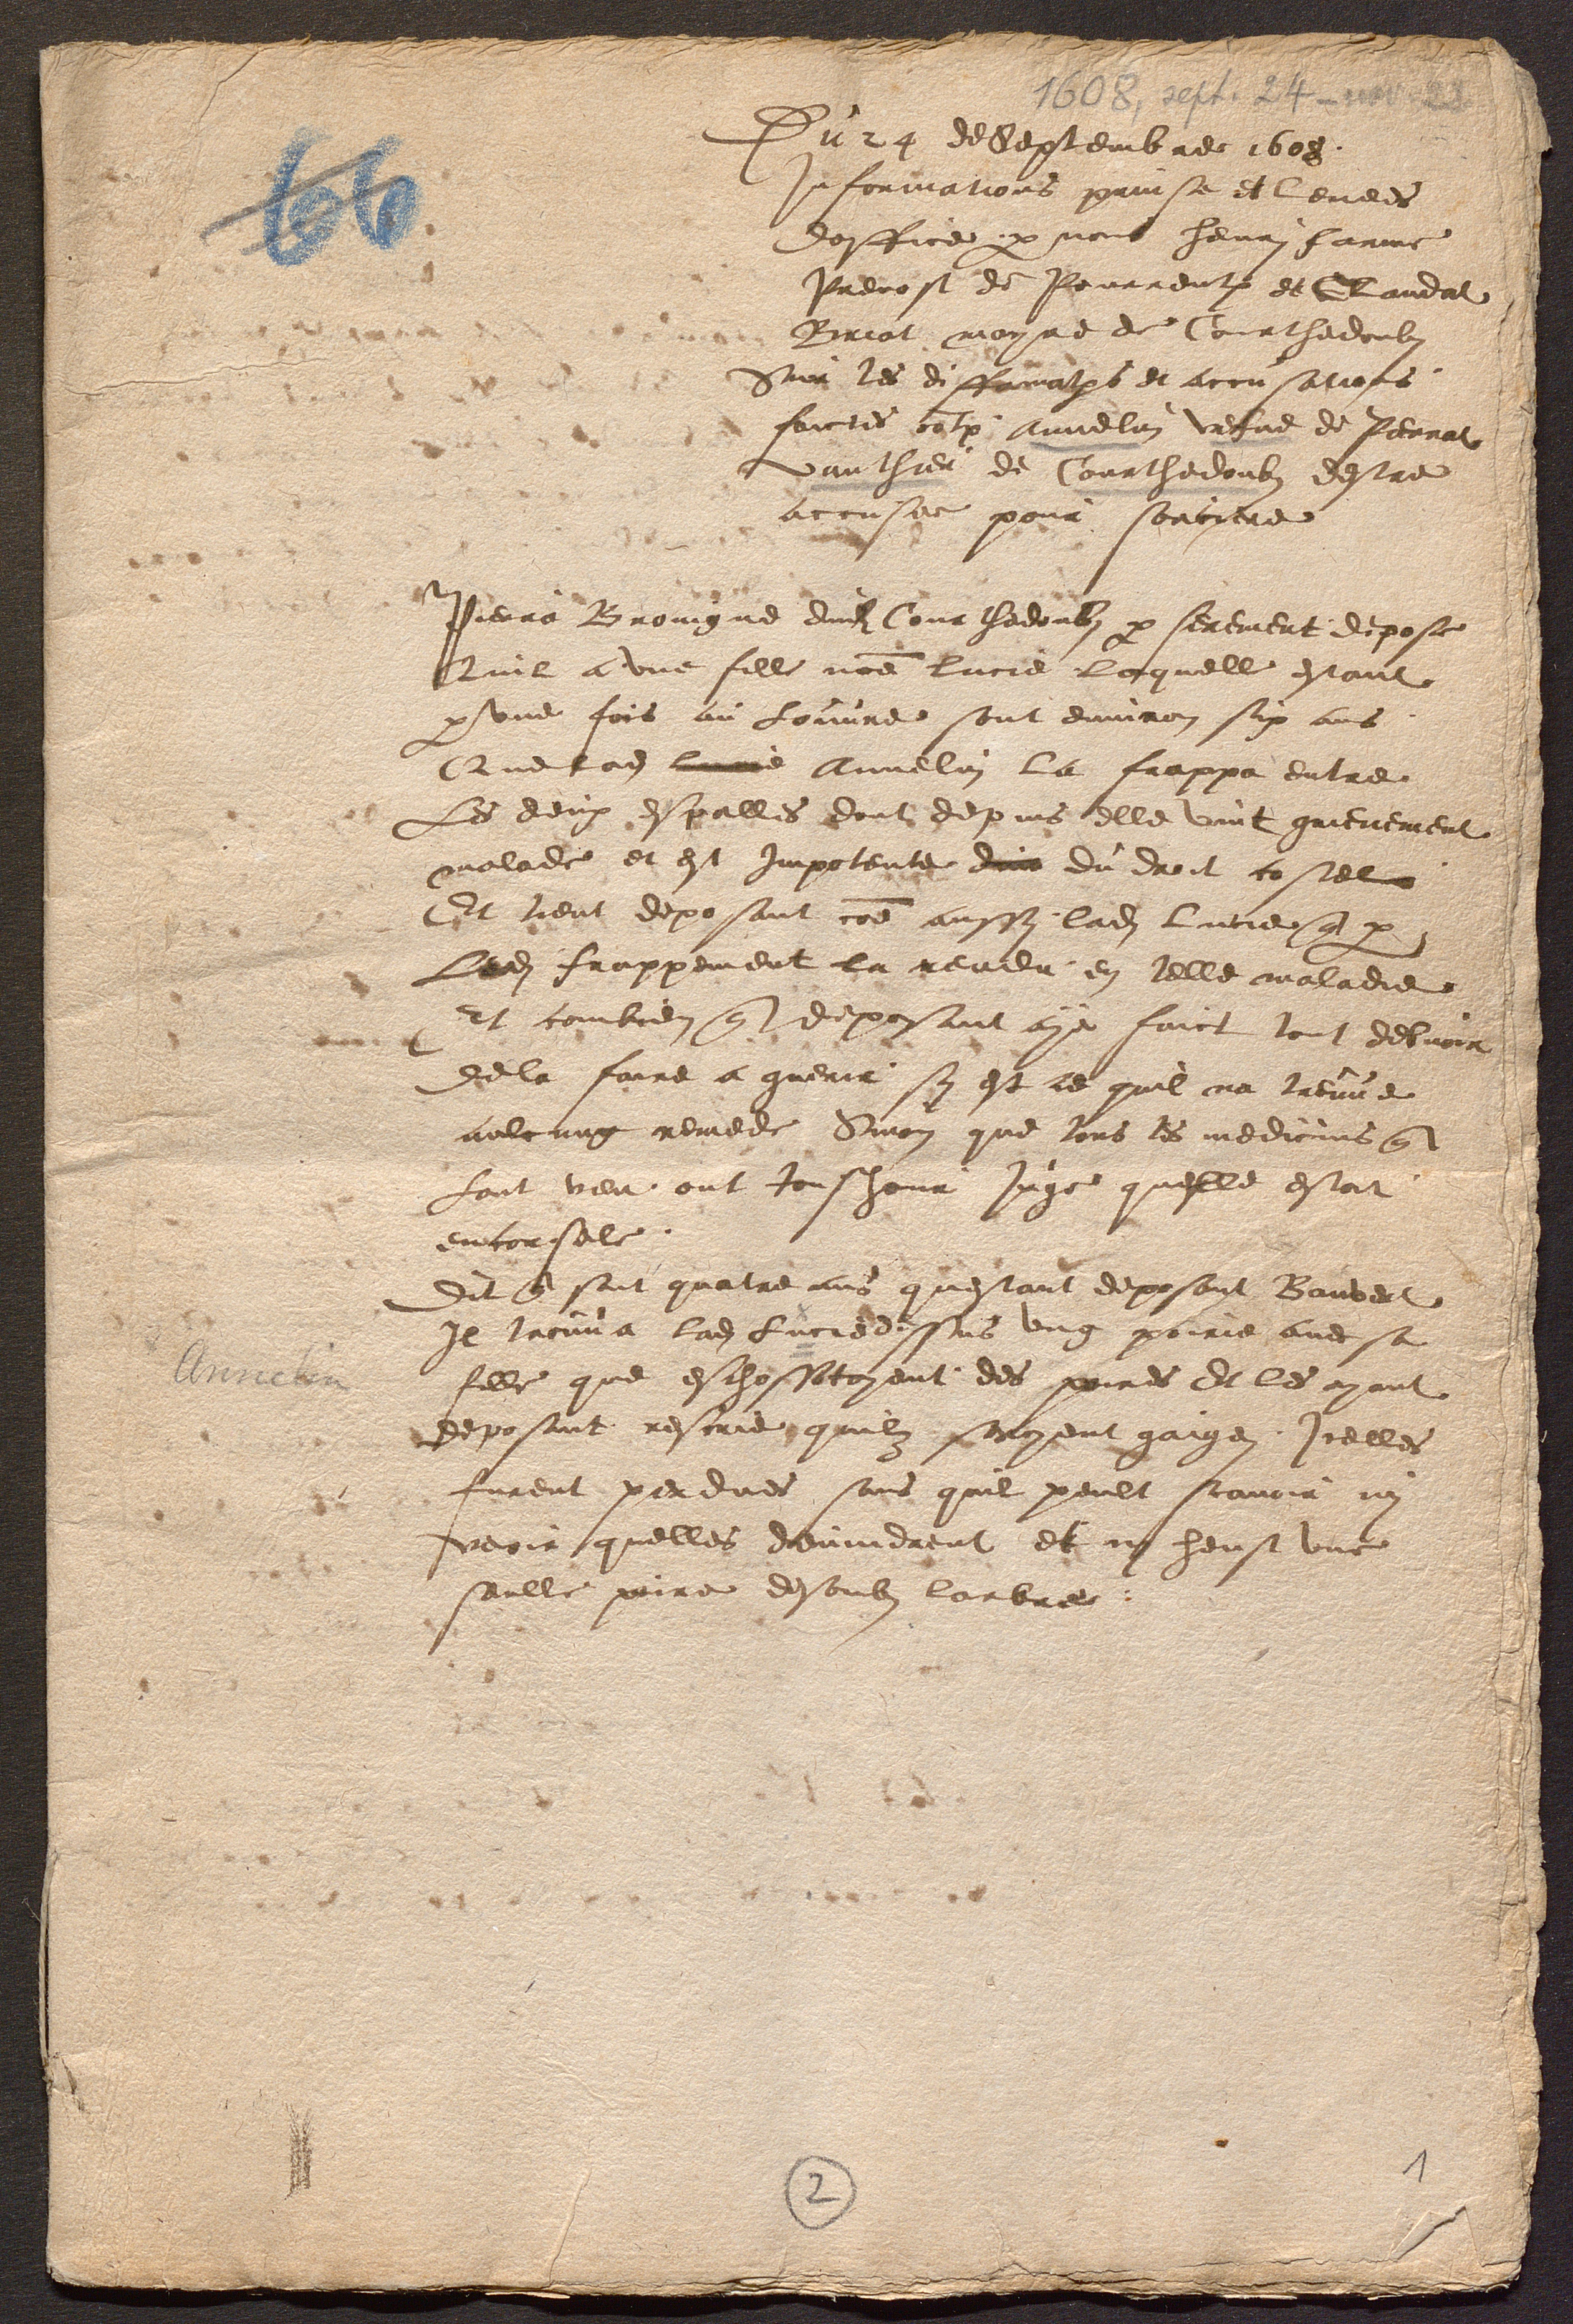
Du 24 de Septembre 1608.
Informations prinse et levees
doffice par nous henri farine
Prevost de Pourrentruy et Claudat
Briot mayre de Courthedoubs
Sur les diffamations et accusations,
faictes contre Annelin vefve de Perrat
Vauthier de Courthedoubs destre
accusee pour sorciere
Pierre Broingne dudit Courthedoubs par serement depose
Quil a une fille nomme lucie laquelle estant
par une fois au louvre sont environ six ans
Que ladite lucie Annelin la frappa entre
les deux espalles dont depuis elle vint grievement
malade et est Impotente dire du droit costel
Et tient deposant comme aussi ladite Lucie q par
ledi frappement la rendu en telle maladie
Et combien que deposant aye faict tout debvoir
dela faire a guerir sy est ce quil na treuve
aulcung remede Sinon que tous les medicins qui
lont veu ont tousjour juge quelle estoit
encorsele.
Dit que sont quatre ans questant deposant Banvert
Il trouva ladite Lucie dessus ung poirie avec sa
fille que eschossotoyent des poires Et les ayant
deposant rescrie quilz seroyent gaigei Icelles
furent perdues sans quil peult scavoir ny
veoir quelles devindrent et ny heust une
seulle poire desoubs larbre.